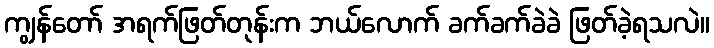
ကျွန်တော် အရက်ဖြတ်တုန်းက ဘယ်လောက် ခက်ခက်ခဲခဲ ဖြတ်ခဲ့ရသလဲ။